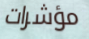
مؤشرات